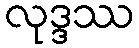
လုဒ္ဒဿ